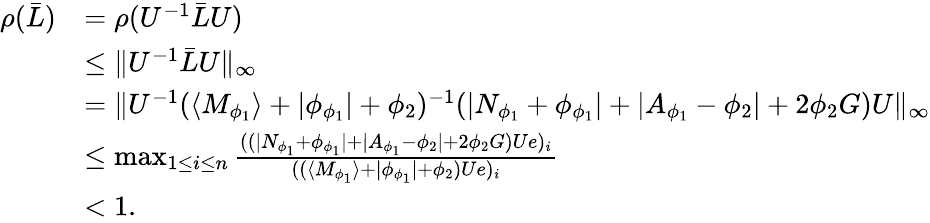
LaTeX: \begin{array}{rl}{\rho(\bar{L})}&{=\rho(U^{-1}\bar{L}U)}\\ &{\leq\| U^{-1}\bar{L}U\| _{\infty}}\\ &{=\| U^{-1}(\langle M_{\phi_{1}}\rangle+\lvert\phi_{\phi_{1}}\rvert+\phi_{2})^{-1}(\lvert N_{\phi_{1}}+\phi_{\phi_{1}}\rvert+\lvert A_{\phi_{1}}-\phi_{2}\rvert+2\phi_{2}G)U\| _{\infty}}\\ &{\leq\operatorname*{max}_{1\leq i\leq n}\frac{((\lvert N_{\phi_{1}}+\phi_{\phi_{1}}\rvert+\lvert A_{\phi_{1}}-\phi_{2}\rvert+2\phi_{2}G)Ue)_{i}}{((\langle M_{\phi_{1}}\rangle+\lvert\phi_{\phi_{1}}\rvert+\phi_{2})Ue)_{i}}}\\ &{<1.}\end{array}